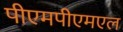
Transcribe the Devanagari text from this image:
पीएमपीएमएल